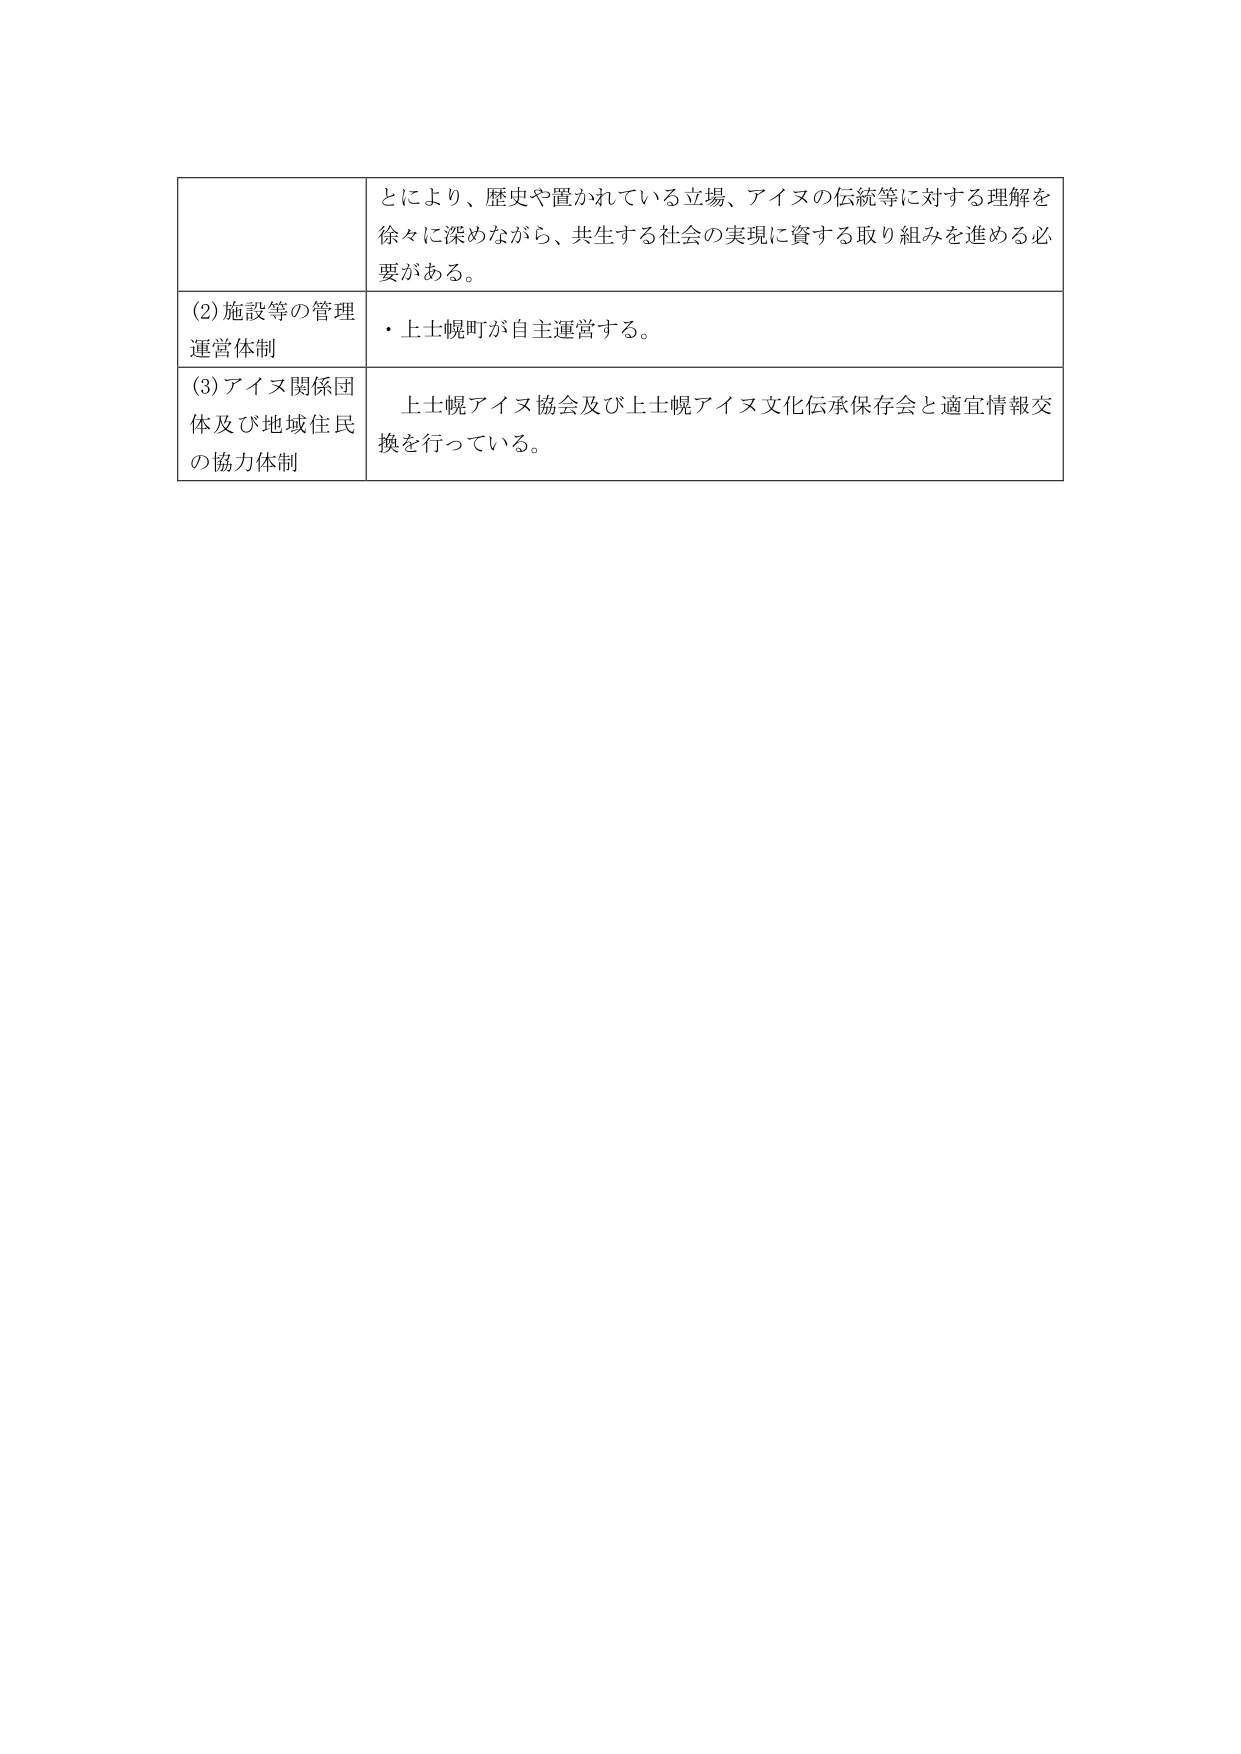
とにより、歴史や置かれている立場、アイヌの伝統等に対する理解を徐々に深めながら、共生する社会の実現に資する取り組みを進める必要がある。

(2) 施設等の管理運営体制
・上士幌町が自主運営する。

(3) アイヌ関係団体及び地域住民の協力体制
上士幌アイヌ協会及び上士幌アイヌ文化伝承保存会と適宜情報交換を行っている。